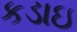
કડાઇ